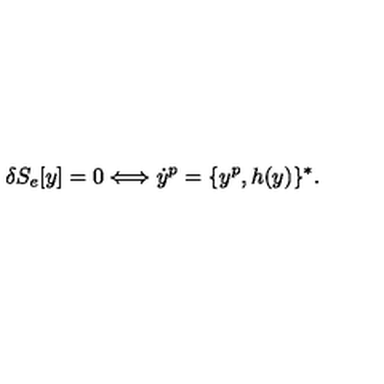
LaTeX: \delta S _ { e } [ y ] = 0 \Longleftrightarrow \dot { y } ^ { p } = \{ y ^ { p } , h ( y ) \} ^ { * } .